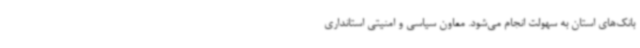
بانک‌های استان به سهولت انجام می‌شود. معاون سیاسی و امنیتی استانداری